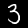
Digit: 3